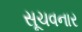
સૂચવનાર